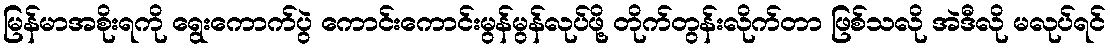
မြန်မာအစိုးရကို ရွေးကောက်ပွဲ ကောင်းကောင်းမွန်မွန်လုပ်ဖို့ တိုက်တွန်းလိုက်တာ ဖြစ်သလို အဲဒီလို မလုပ်ရင်